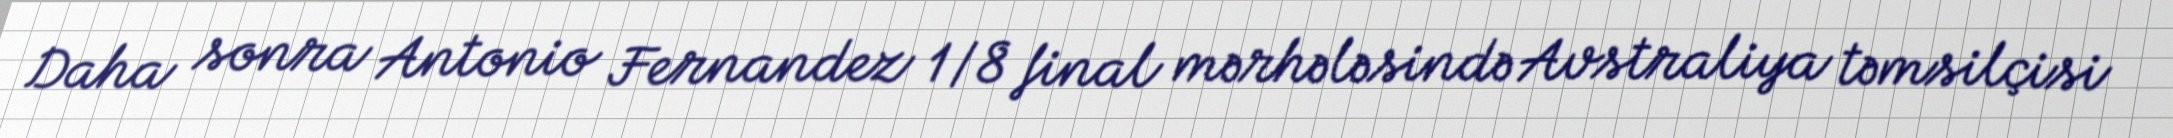
Daha sonra Antonio Fernandez 1/8 final mərhələsində Avstraliya təmsilçisi